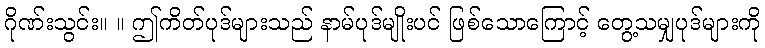
ဂိုဏ်းသွင်း။ ။ ဤကိတ်ပုဒ်များသည် နာမ်ပုဒ်မျိုးပင် ဖြစ်သောကြောင့် တွေ့သမျှပုဒ်များကို